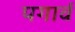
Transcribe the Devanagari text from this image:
पगार्व